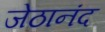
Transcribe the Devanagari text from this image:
जेठानंद